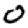
Digit: 0